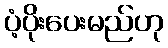
ပံ့ပိုးပေးမည်ဟု